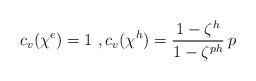
LaTeX: \begin{align*}c_v(\chi^e)=1\ ,c_v(\chi^h)=\frac{1-\zeta^h}{1-\zeta^{ph}}\,p\end{align*}